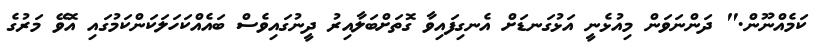
ކަމެއްނޫން." ދަންނަވަން މިއުޅެނީ އަޅުގަނޑަށް އެނގިފައިވާ ގޮތަށްބަލާއިރު ދީނުގައިވެސް ބައެއްކަހަލަކަންކަމުގައި އޮވޭ މަރުގެ